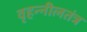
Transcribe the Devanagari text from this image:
वृहन्नीलतंत्र